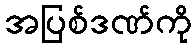
အပြစ်ဒဏ်ကို